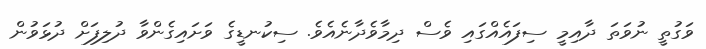
ވަގުތީ ނުވަތަ ދާއިމީ ސިފައެއްގައި ވެސް ދިމާވެދާނެއެވެ. ސިކުނޑީގެ ވަށައިގެންވާ ދުލިފަށް ދުޅަވުން